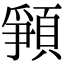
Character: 𩓞